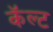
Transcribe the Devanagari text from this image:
कॅल्ट